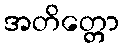
အတိတ္တော